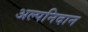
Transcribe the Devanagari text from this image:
अल्पनिदान